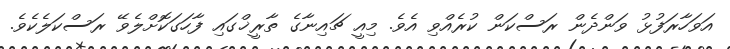
އަވަހާރަފުޅު ވަންދެން ރަސްކަން ކުރެއްވި އެވެ. މިއީ ޗައިނާގެ ތާރީޚްގައި ފާހަގަކޮށްލެވޭ ރަސްކަލެކެވެ.